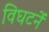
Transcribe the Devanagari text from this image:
विघटनें